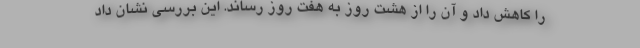
را کاهش داد و آن را از هشت روز به هفت روز رساند. این بررسی نشان داد